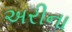
અરીના